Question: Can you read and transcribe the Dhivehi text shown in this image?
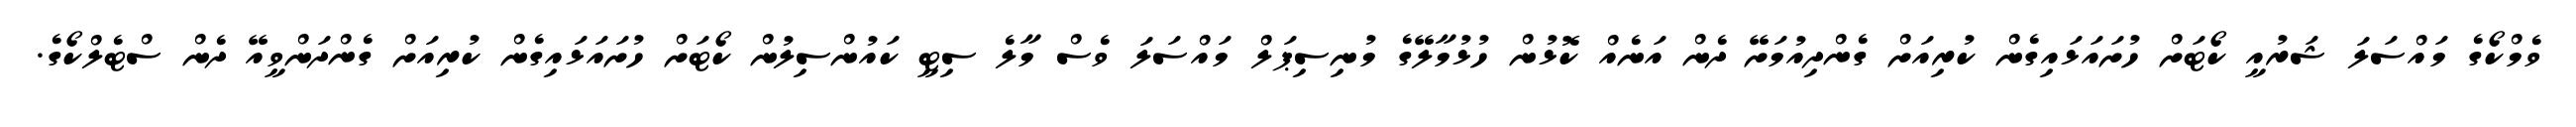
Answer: ވެމްކޯގެ މައްސަލަ ޝަރުއީ ކޯޓަށް ހުށައަޅައިގެން ކުރިއަށް ގެންދިއުމަށޭ ދެން އަނެއް ކޮޅުން ހުޅުމާލޭގެ މުނިސިޕަލް މައްސަލަ ވެސް މާލެ ސިޓީ ކައުންސިލުން ކޯޓަށް ހުށައަޅައިގެން ކުރިއަށް ގެންދަންވީއޭ ދެން ސްޓެލްކޯގެ.